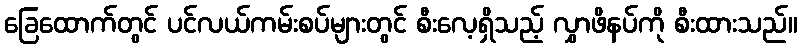
ခြေထောက်တွင် ပင်လယ်ကမ်းစပ်များတွင် စီးလေ့ရှိသည့် လွှာဖိနပ်ကို စီးထားသည်။